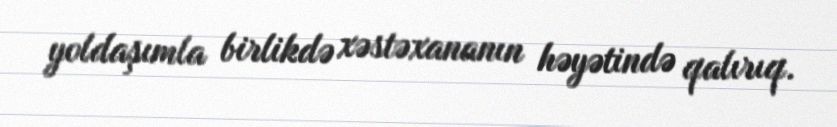
yoldaşımla birlikdə xəstəxananın həyətində qalırıq.